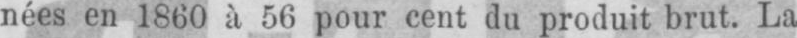
nées en 1860 à 56 pour cent du produit brut. La